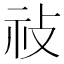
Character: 𢼗